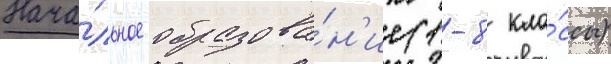
Нача́льное образова́н'ие (1-8 кла́ссы)